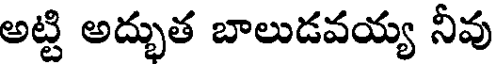
అట్టి అద్భుత బాలుడవయ్య నీవు